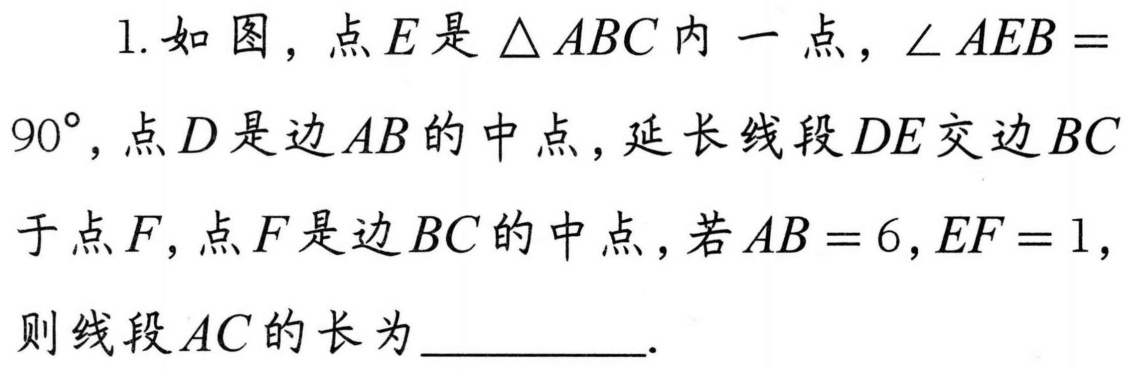
1. 如图，点\(E\)是\(\triangle ABC\)内一点，\(\angle AEB = 90^{\circ}\)，点\(D\)是边\(AB\)的中点，延长线段\(DE\)交边\(BC\)于点\(F\)，点\(F\)是边\(BC\)的中点，若\(AB = 6\)，\(EF = 1\)，则线段\(AC\)的长为\(\underline{\qquad\qquad}\).